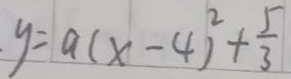
y = a ( x - 4 ) ^ { 2 } + \frac { 5 } { 3 }